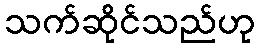
သက်ဆိုင်သည်ဟု